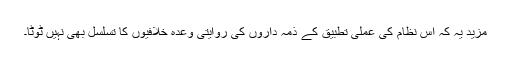
مزید یہ کہ اس نظام کی عملی تطبیق کے ذمہ داروں کی روایتی وعدہ خلافیوں کا تسلسل بھی نہیں ٹوٹا۔